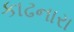
કાઢનારા